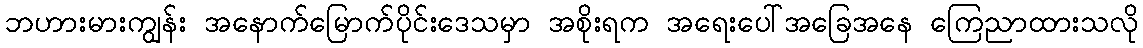
ဘဟားမားကျွန်း အနောက်မြောက်ပိုင်းဒေသမှာ အစိုးရက အရေးပေါ်အခြေအနေ ကြေညာထားသလို